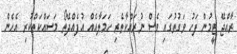
ރާއްޖޭ ޓީމުން ފަހު ވަގުތުގައި ވެސް ނުރައްކާތެރި ހަމަލާއެއް އުފެއްދޭތޯ މަސައްކަތްކުރި އެހެން